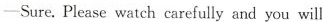
-Sure.Please watch carefully and you will